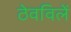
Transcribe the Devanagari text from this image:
ठेवविलें